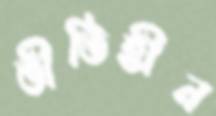
ভীতিহীন